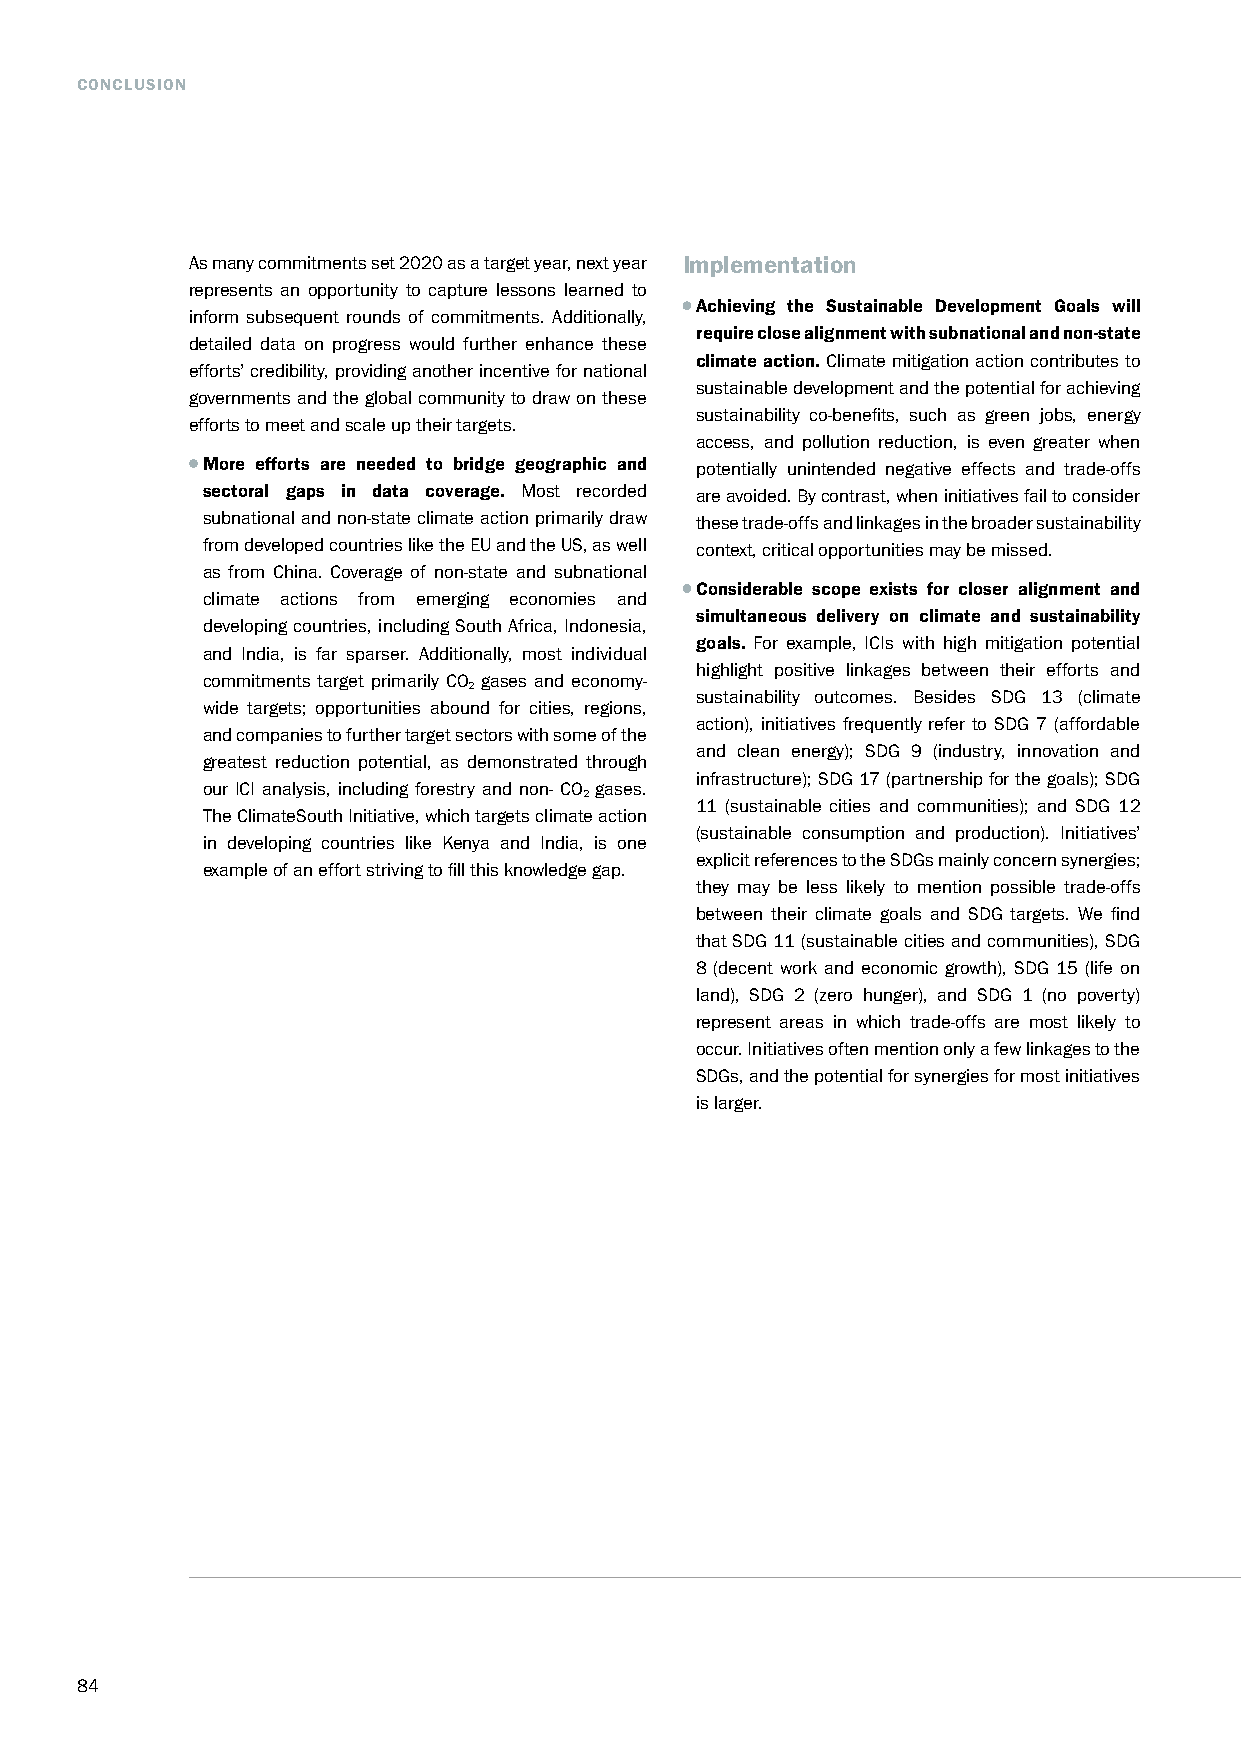
CONCLUSION
 As many commitments set 2020 as a target year, next year Implementation
 represents an opportunity to capture lessons learned to
 Achieving the Sustainable Development Goals will
 inform subsequent rounds of commitments. Additionally,
 require close alignment with subnational and non-state
 detailed data on progress would further enhance these
 climate action. Climate mitigation action contributes to
 efforts’ credibility, providing another incentive for national
 sustainable development and the potential for achieving
 governments and the global community to draw on these
 sustainability co-benefits, such as green jobs, energy
 efforts to meet and scale up their targets.
 access, and pollution reduction, is even greater when
 More efforts are needed to bridge geographic and potentially unintended negative effects and trade-offs
 sectoral gaps in data coverage. Most recorded are avoided. By contrast, when initiatives fail to consider
 subnational and non-state climate action primarily draw these trade-offs and linkages in the broader sustainability
 from developed countries like the EU and the US, as well context, critical opportunities may be missed.
 as from China. Coverage of non-state and subnational
 Considerable scope exists for closer alignment and
 climate actions from emerging economies and
 simultaneous delivery on climate and sustainability
 developing countries, including South Africa, Indonesia,
 goals. For example, ICIs with high mitigation potential
 and India, is far sparser. Additionally, most individual
 highlight positive linkages between their efforts and
 commitments target primarily CO gases and economy-
 2
 sustainability outcomes. Besides SDG 13 (climate
 wide targets; opportunities abound for cities, regions,
 action), initiatives frequently refer to SDG 7 (affordable
 and companies to further target sectors with some of the
 and clean energy); SDG 9 (industry, innovation and
 greatest reduction potential, as demonstrated through
 infrastructure); SDG 17 (partnership for the goals); SDG
 our ICI analysis, including forestry and non- CO gases.
 2
 11 (sustainable cities and communities); and SDG 12
 The ClimateSouth Initiative, which targets climate action
 (sustainable consumption and production). Initiatives’
 in developing countries like Kenya and India, is one
 explicit references to the SDGs mainly concern synergies;
 example of an effort striving to fill this knowledge gap.
 they may be less likely to mention possible trade-offs
 between their climate goals and SDG targets. We find
 that SDG 11 (sustainable cities and communities), SDG
 8 (decent work and economic growth), SDG 15 (life on
 land), SDG 2 (zero hunger), and SDG 1 (no poverty)
 represent areas in which trade-offs are most likely to
 occur. Initiatives often mention only a few linkages to the
 SDGs, and the potential for synergies for most initiatives
 is larger.
 84